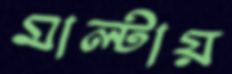
মাল্টায়